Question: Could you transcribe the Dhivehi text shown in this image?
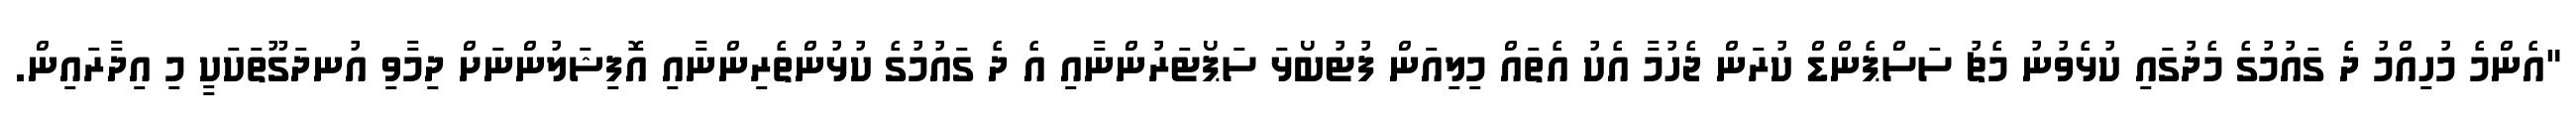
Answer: "އެންމެ މުހިއްމު ދެ ގައުމުގެ މެދުގައި ކުޅެވުނު މެޗު ސަސްޕެންޑް ކުރަން ޖެހުމާ އެކު އެތައް މިލިއަން ފުޓުބޯޅަ ސަޕޯޓަރުންނާއި އެ ދެ ގައުމުގެ ކުޅުންތެރިންނާއި އޮފިޝަލުންނަށް ދިމާވި އުނދަގޫތަކަކީ މި އިދާރައިން.